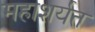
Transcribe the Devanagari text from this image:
महाशर्यत